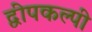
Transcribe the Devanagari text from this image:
द्वीपकल्पी